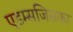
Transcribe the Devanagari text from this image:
एडम्सजिसका